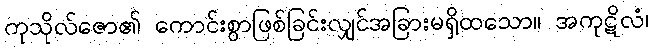
ကုသိုလ်ဇော၏ ကောင်းစွာဖြစ်ခြင်းလျှင်အခြားမရှိထသော။ အကုဋိလံ၊